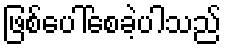
ဖြစ်ပေါ်စေခဲ့ပါသည်